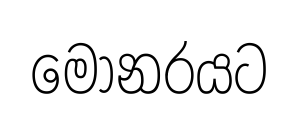
මොනරයට